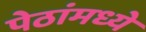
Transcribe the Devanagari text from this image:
पेठांमध्ये